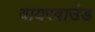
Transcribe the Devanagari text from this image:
वायरवाउंड